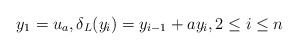
\begin{align*}y_1 = u_a, \delta_L(y_i)=y_{i-1}+ay_i, 2 \leq i \leq n\end{align*}